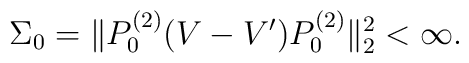
\Sigma_0 = \| P_0^{(2)}(V-V')P_0^{(2)}\|_2^2 < \infty.